38_143685_box_Incident_Summaries_173-233
Agency: Department of War
Page 22
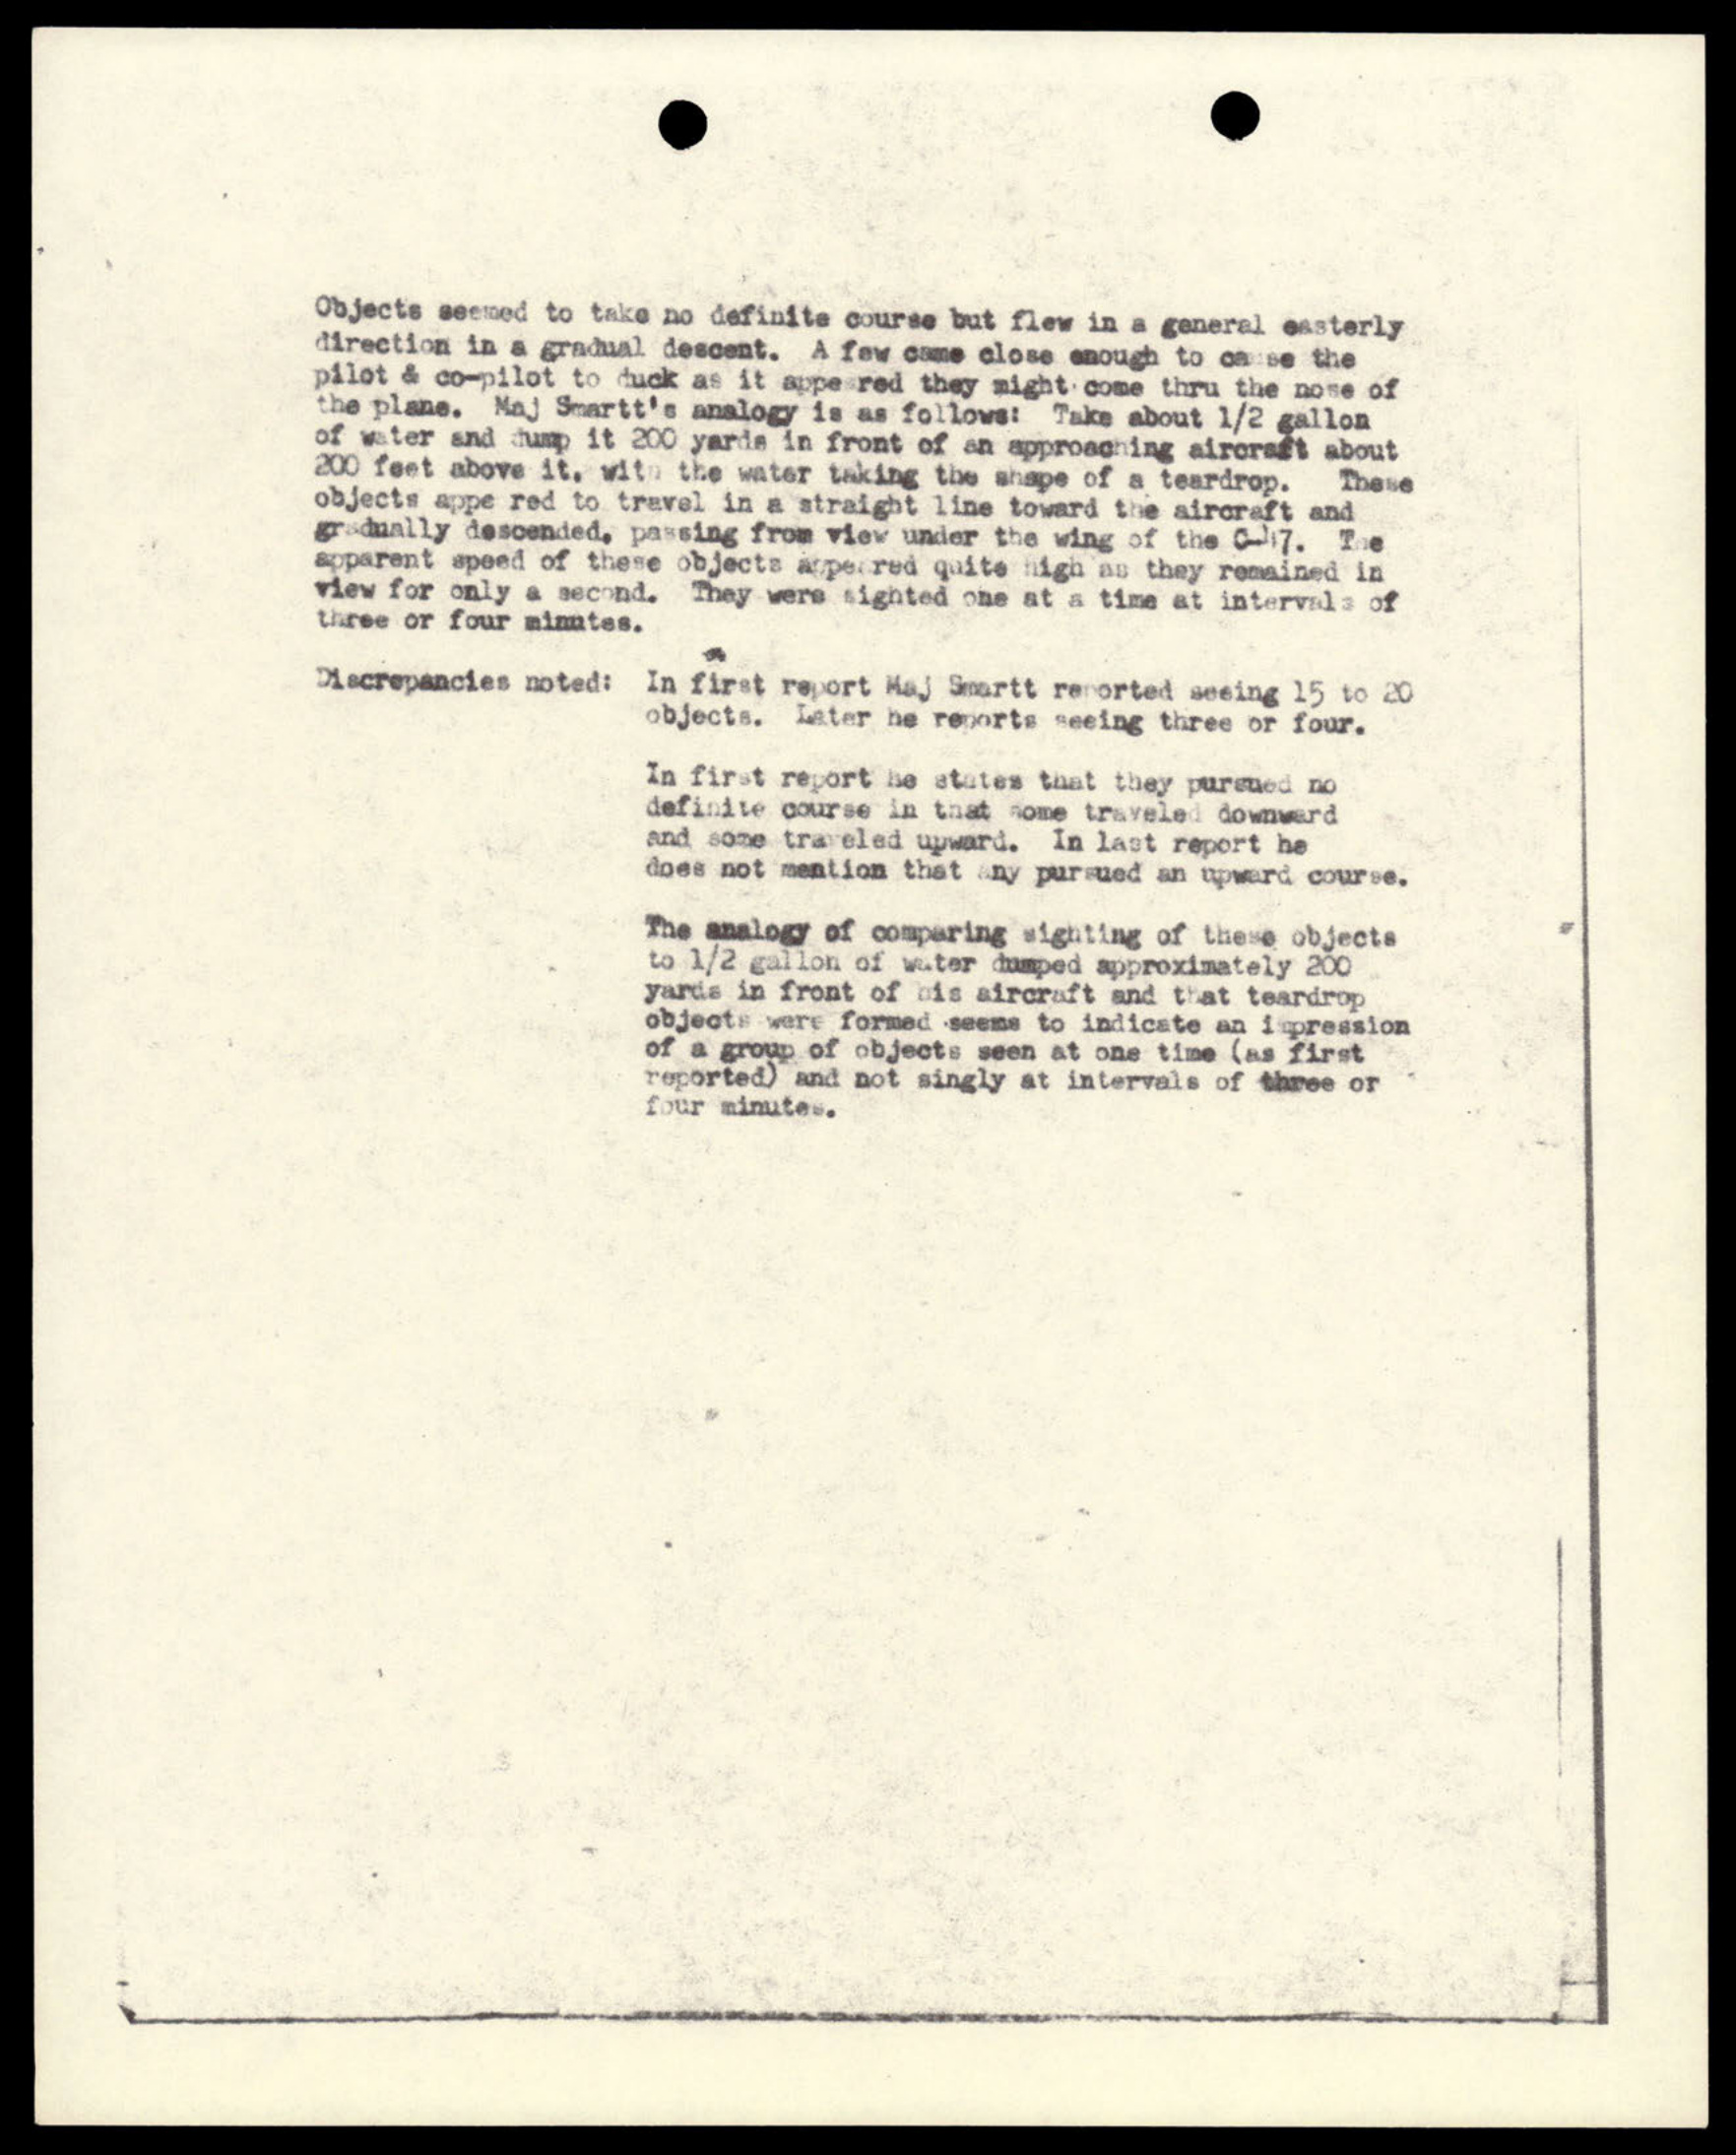